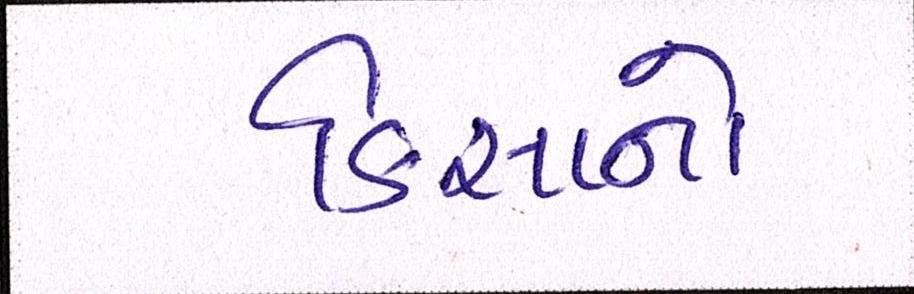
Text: કિસાનો